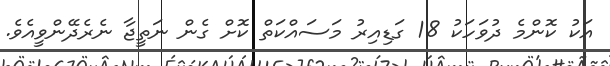
އަކު ކޮންމެ ދުވަހަކު 18 ގަޑިއިރު މަސައްކަތް ކޮށް ގެން ނަތީޖާ ނެރެދޭންވީއެވެ.